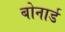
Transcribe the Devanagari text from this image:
बोनार्ड